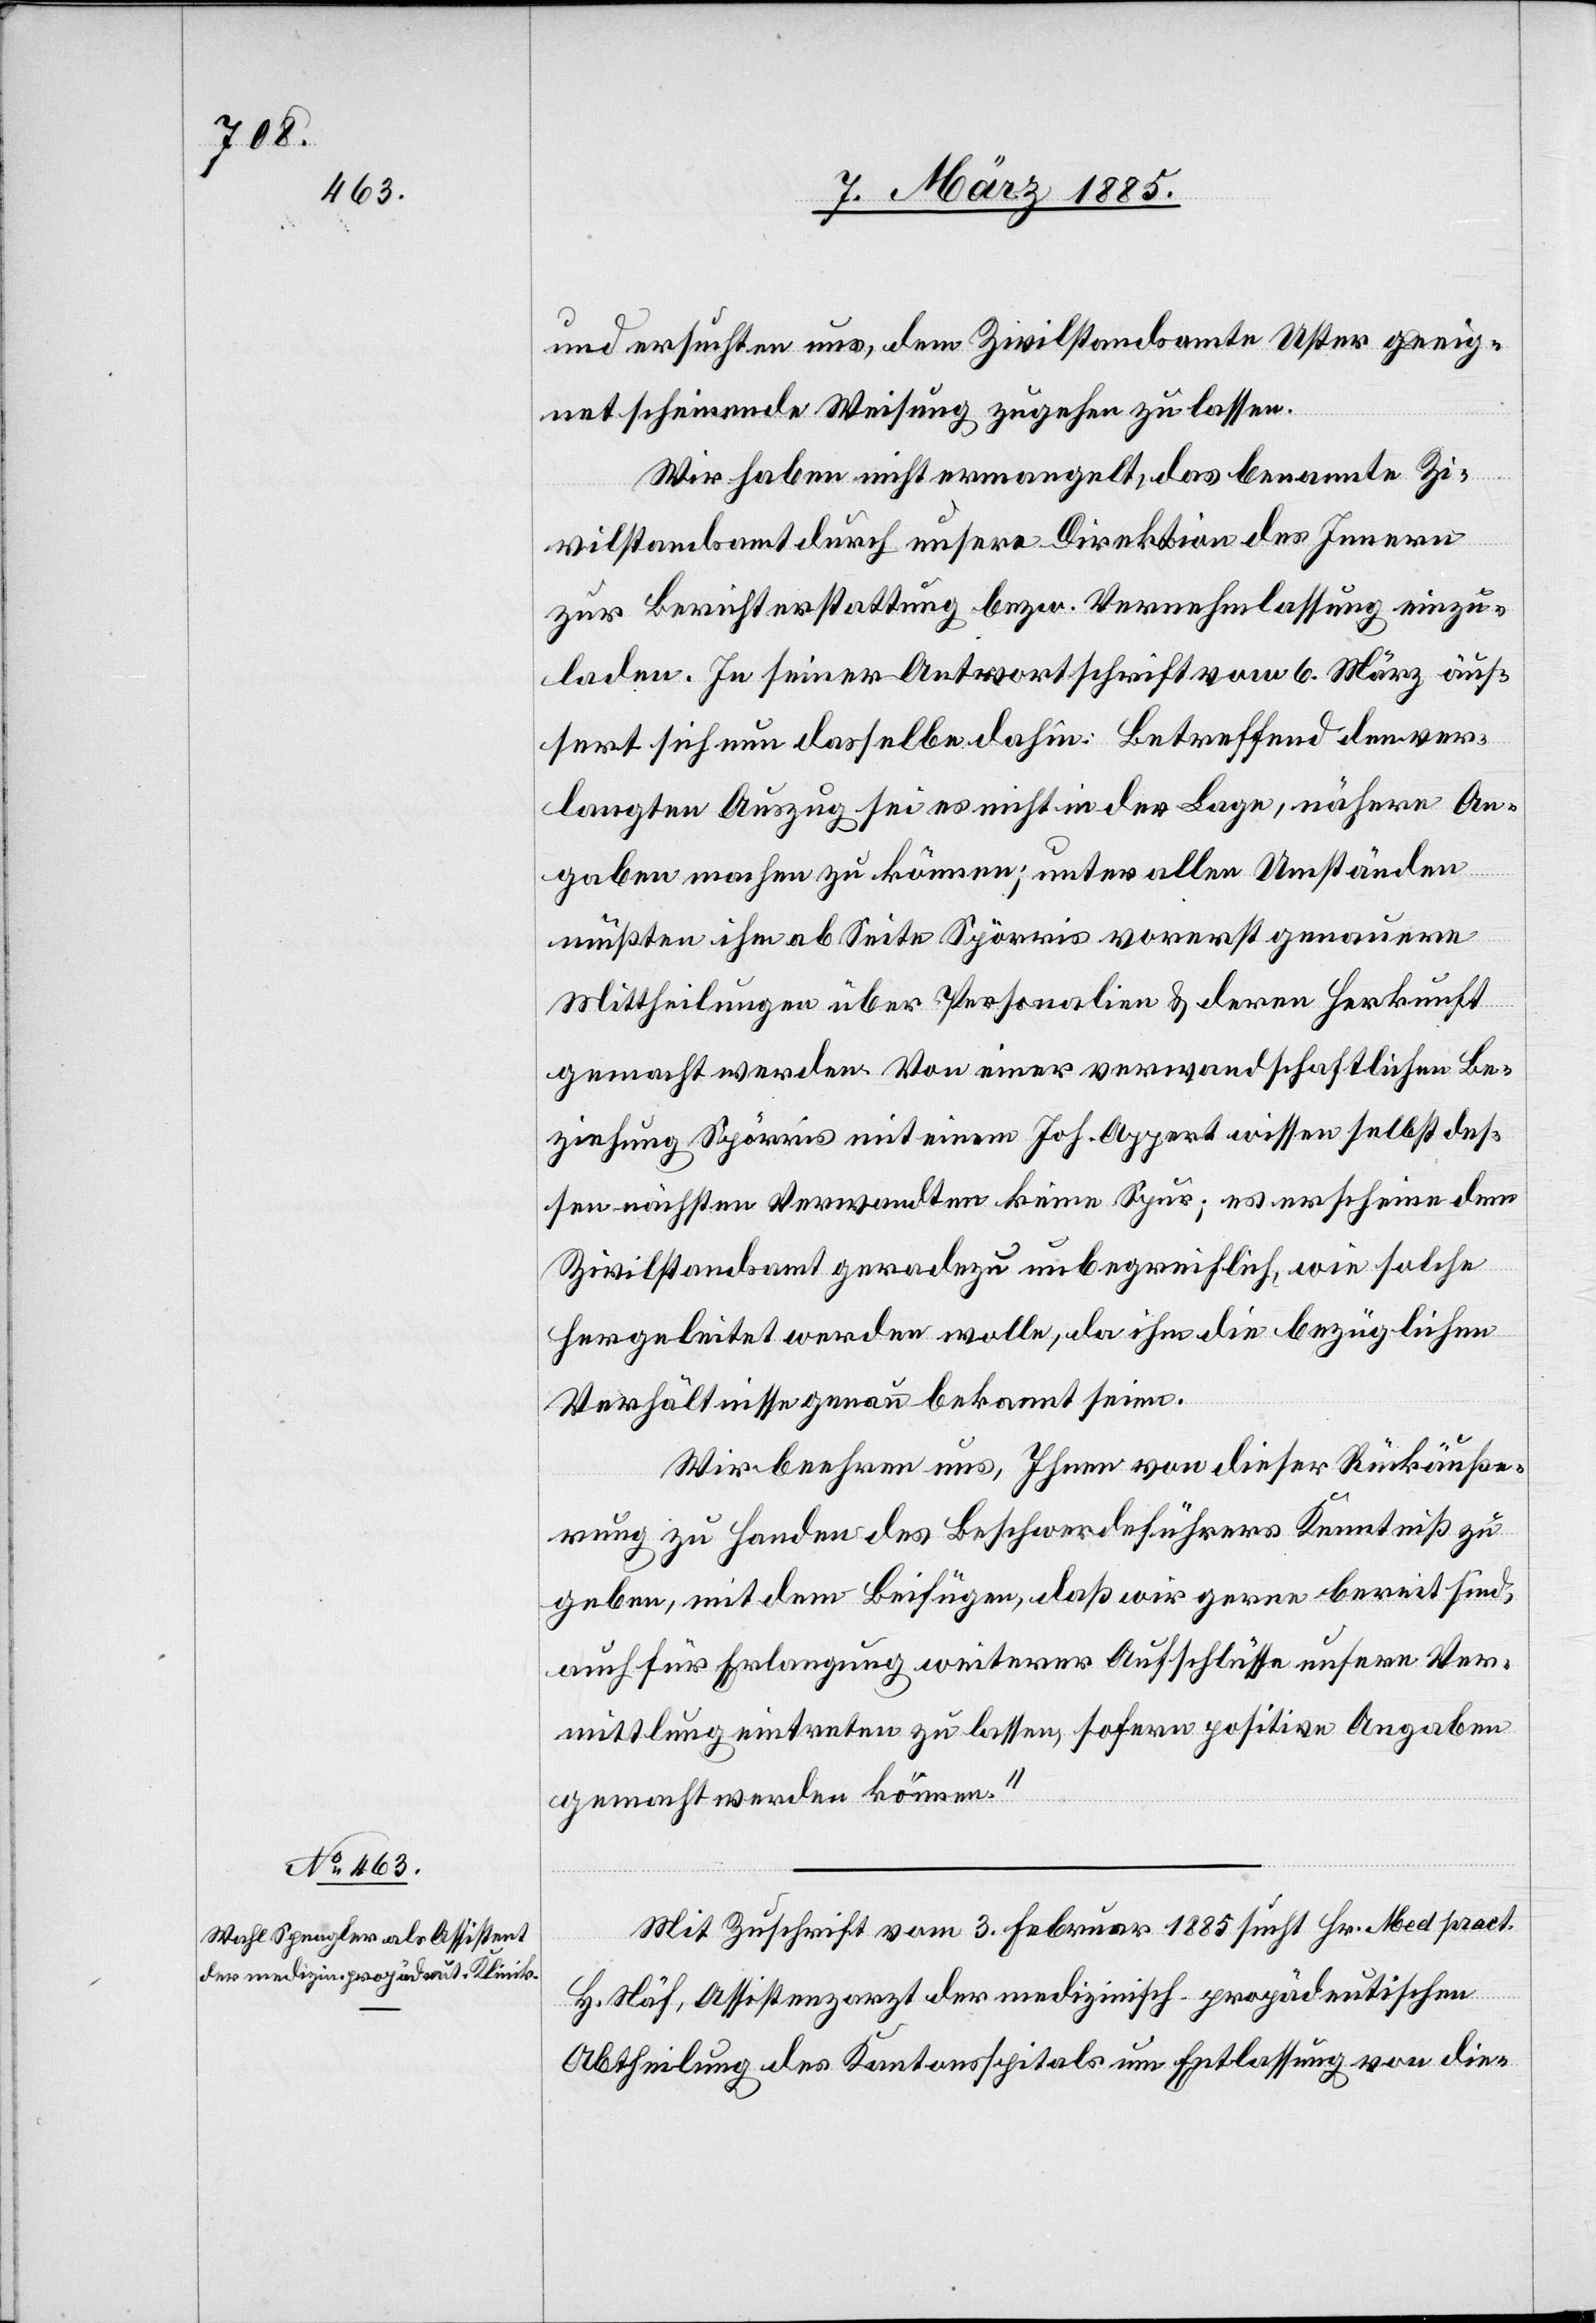
und ersuchten uns, dem Zivilstandsamte Uster geeig¬
net scheinende Weisung zugehen zu lassen.
Wir haben nicht ermangelt, das benannte Zi¬
vilstandsamt durch unsere Direktion des Innern
zur Berichterstattung bezw. Vernehmlassung einzu¬
laden. In seiner Antwortschrift vom 6. März äus¬
sert sich nun dasselbe dahin: Betreffend den ver¬
langten Auszug sei es nicht in der Lage, nähere An¬
gaben machen zu können; unter allen Umständen
müßten ihm ab Seite Spörris vorerst genauere
Mittheilungen über Personalien & deren Herkunft
gemacht werden. Von einer verwandtschaftlichen Be¬
ziehung Spörris mit einem Joh. Appert wissen selbst des¬
sen nächsten Verwandten keine Spur; es erscheine dem
Zivilstandsamt geradezu unbegreiflich, wie solche
hergeleitet werden wolle, da ihm die bezüglichen
Verhältnisse genau bekannt seien.
Wir beehren uns, Ihnen von dieser Rückäuße¬
rung zu Handen des Beschwerdeführers Kenntniß zu
geben, mit dem Beifügen, daß wir gerne bereits sind,
auch für Erlangung weiterer Aufschlüsse unsere Ver¬
mittlung eintreten zu lassen, sofern positive Angaben
gemacht werden können.“
Mit Zuschrift vom 3. Februar 1885 sucht Hr. Med. pract.
H. Näf, Assistenzarzt der medizinisch-propädeutischen
Abtheilung des Kantonsspitals um Entlassung von die-